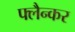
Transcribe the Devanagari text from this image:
फ्लैन्कर